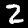
Label: 2